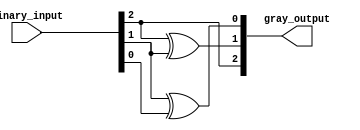
module gray_code_encoder #(
    parameter N = 3  // Parameter for bit width, default is 3
)(
    input  [N-1:0] binary_input,  // n-bit binary input
    output [N-1:0] gray_output      // n-bit Gray code output
);

    // Gray code conversion logic
    assign gray_output[N-1] = binary_input[N-1];  // Most significant bit remains the same
    genvar i;
    generate
        for (i = N-2; i >= 0; i = i - 1) begin : gray_conversion
            assign gray_output[i] = binary_input[i+1] ^ binary_input[i];  // XOR of current and next bit
        end
    endgenerate

endmodule